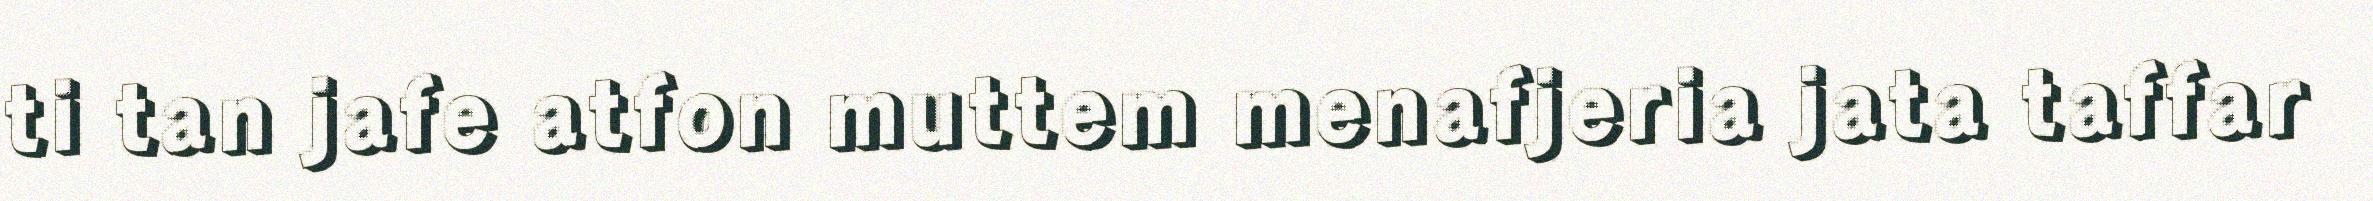
ti tan jafe atfon muttem menafjeria jata taffar